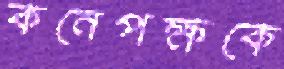
কনেপক্ষকে